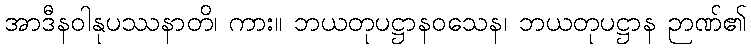
အာဒီနဝါနုပဿနာတိ၊ ကား။ ဘယတုပဋ္ဌာနဝသေန၊ ဘယတုပဋ္ဌာန ဉာဏ်၏